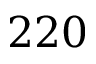
2 2 0